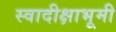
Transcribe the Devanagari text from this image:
स्वादीक्षाभूमी